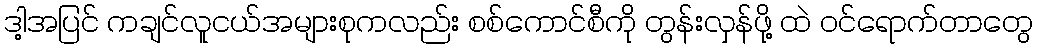
ဒါ့အပြင် ကချင်လူငယ်အများစုကလည်း စစ်ကောင်စီကို တွန်းလှန်ဖို့ ထဲ ဝင်ရောက်တာတွေ